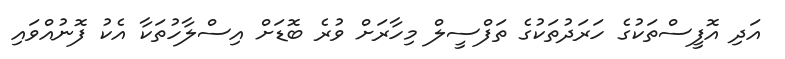
އަދި އޮފީސްތަކުގެ ހަރަދުތަކުގެ ތަފްސީލް މިހާރަށް ވުރެ ބޮޑަށް އިސްލާހުތަކާ އެކު ފޮނުއްވައި